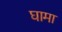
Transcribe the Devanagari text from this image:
घामा